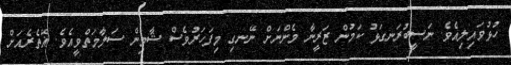
ހުޅުވައިލިއެވެ. ނަސީބުރަނގަޅު ކަމުން ޒަރީނާ މެންނަށް ނޭނގި މިފަހަރުވެސް ޝާމިން ސަލާމަތްވީއެވެ. ޣޭތެރެއަށް